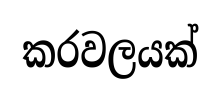
කරවලයක්